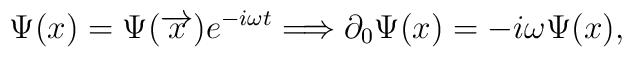
\Psi (x)=\Psi (\overrightarrow{x})e^{-i\omega t}\Longrightarrow \partial_0\Psi (x)=-i\omega \Psi (x),